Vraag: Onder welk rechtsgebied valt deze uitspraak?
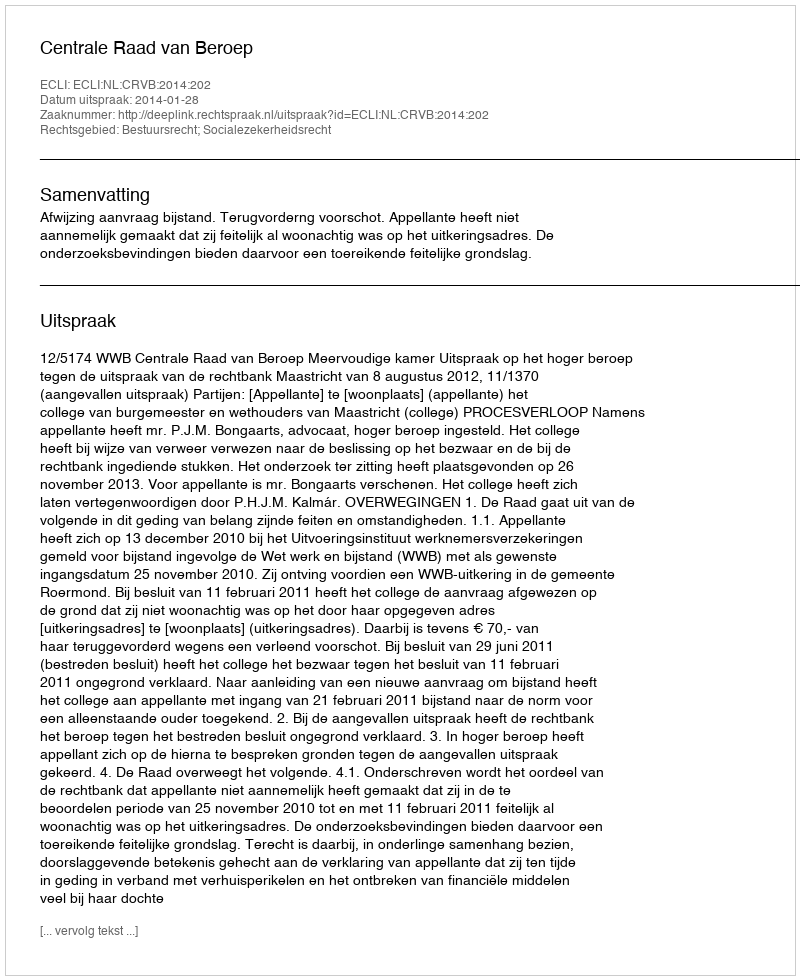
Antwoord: Bestuursrecht; Socialezekerheidsrecht